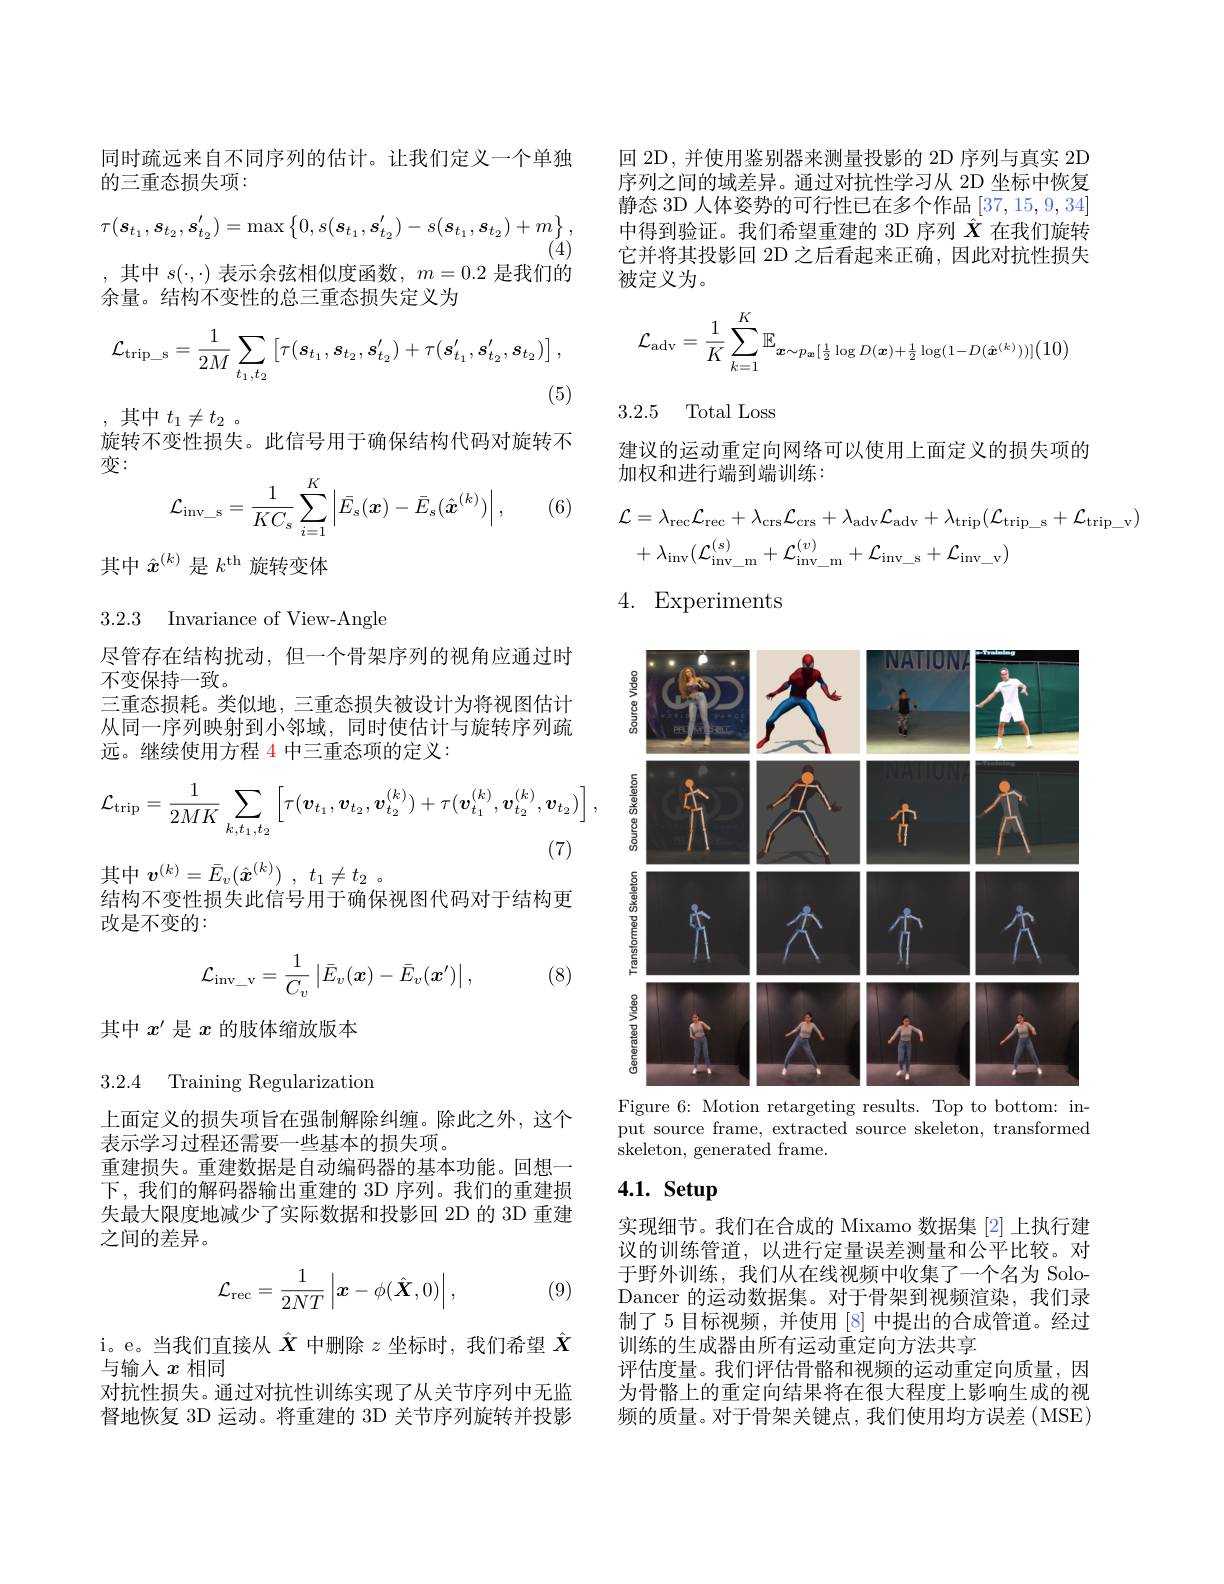
同时疏远来自不同序列的估计。让我们定义一个单独
的三重态损失项：
$$\tau(\boldsymbol{s}_{t_{1}},\boldsymbol{s}_{t_{2}},\boldsymbol{s}_{t_{2}}^{\prime})=\max\left\{0,s(\boldsymbol{s}_{t_{1}},\boldsymbol{s}_{t_{2}}^{\prime})-s(\boldsymbol{s}_{t_{1}},\boldsymbol{s}_{t_{2}})+m\right\},$$
(4)

,其中$s(\cdot,\cdot)$表示余弦相似度函数，$m=0.2$是我们的

余量。结构不变性的总三重态损失定义为
$$\mathcal{L}_{\mathrm{trip_s}}=\frac{1}{2M}\sum_{t_1,t_2}\left[\tau(s_{t_1},s_{t_2},s_{t_2}^{\prime})+\tau(s_{t_1}^{\prime},s_{t_2}^{\prime},s_{t_2})\right],$$
(5)

,其中$t_1\neq t_2$ 。
旋转不变性损失。此信号用于确保结构代码对旋转不
变：
$$\mathcal{L}_{\mathrm{inv_s}}=\frac{1}{KC_{s}}\sum_{i=1}^{K}\left|\bar{E}_{s}(\boldsymbol{x})-\bar{E}_{s}(\hat{\boldsymbol{x}}^{(k)})\right|,$$
(6)

其中$\hat{x}^{(k)}$是$k^\mathrm{th}$旋转变体

3.2.3 Invariance of View-Angle

尽管存在结构扰动，但一个骨架序列的视角应通过时
不变保持一致。
三重态损耗。类似地，三重态损失被设计为将视图估计从同一序列映射到小邻域，同时使估计与旋转序列疏远。继续使用方程 4 中三重态项的定义：
$$\mathcal{L}_{\mathrm{trip}}=\frac{1}{2MK}\sum_{k,t_{1},t_{2}}\left[\tau(\boldsymbol{v}_{t_{1}},\boldsymbol{v}_{t_{2}},\boldsymbol{v}_{t_{2}}^{(k)})+\tau(\boldsymbol{v}_{t_{1}}^{(k)},\boldsymbol{v}_{t_{2}}^{(k)},\boldsymbol{v}_{t_{2}})\right],$$
其中$v^{( k) }= \bar{E} _v( \hat{\boldsymbol{x}} ^{( k) })$ , $t_1\neq t_2$ 。
结构不变性损失此信号用于确保视图代码对于结构更
改是不变的：

(8)
$$\mathcal{L}_{\mathrm{inv}_{-}\mathrm{v}}=\frac{1}{C_{v}}\left|\bar{E}_{v}(\boldsymbol{x})-\bar{E}_{v}(\boldsymbol{x}')\right|,$$
其中$x^{\prime}$是$x$的肢体缩放版本

3.2.4 Training Regularization

上面定义的损失项旨在强制解除纠缠。除此之外，这个
表示学习过程还需要一些基本的损失项。
重建损失。重建数据是自动编码器的基本功能。回想一下，我们的解码器输出重建的 3D 序列。我们的重建损失最大限度地减少了实际数据和投影回 2D 的 3D 重建之间的差异。

(9)
$$\mathcal{L}_{\mathrm{rec}}=\frac{1}{2NT}\left|\boldsymbol{x}-\phi(\hat{\boldsymbol{X}},0)\right|,$$
i。e。当我们直接从$\hat{X}$中删除$z$坐标时，我们希望$\hat{X}$
与输人$x$相同
对抗性损失。通过对抗性训练实现了从关节序列中无监督地恢复 3D 运动。将重建的 3D 关节序列旋转并投影

回 2D, 并使用鉴别器来测量投影的 2D 序列与真实 2D 序列之间的域差异。通过对抗性学习从 2D 坐标中恢复静态 3D 人体姿势的可行性已在多个作品[37,15,9,34] 中得到验证。我们希望重建的 3D 序列$\hat{X}$在我们旋转它并将其投影回 2D 之后看起来正确，因此对抗性损失被定义为。
$$\mathcal{L}_{\mathrm{adv}}=\frac{1}{K}\sum_{k=1}^{K}\mathbb{E}_{\boldsymbol{x}\sim p_{\boldsymbol{x}}[\frac{1}{2}\log D(\boldsymbol{x})+\frac{1}{2}\log(1-D(\hat{\boldsymbol{x}}^{(k)}))]\big(10\big)}$$
3.2.5 Total Loss

建议的运动重定向网络可以使用上面定义的损失项的
加权和进行端到端训练：
$$\begin{aligned}&\mathcal{L}=\lambda_{\mathrm{rec}}\mathcal{L}_{\mathrm{rec}}+\lambda_{\mathrm{crs}}\mathcal{L}_{\mathrm{crs}}+\lambda_{\mathrm{adv}}\mathcal{L}_{\mathrm{adv}}+\lambda_{\mathrm{trip}}(\mathcal{L}_{\mathrm{trip_s}}+\mathcal{L}_{\mathrm{trip_v}})\\&+\lambda_{\mathrm{inv}}(\mathcal{L}_{\mathrm{inv_m}}^{(s)}+\mathcal{L}_{\mathrm{inv_m}}^{(v)}+\mathcal{L}_{\mathrm{inv_s}}+\mathcal{L}_{\mathrm{inv_v}})\end{aligned}$$
4. Experiments

<FigureHere>
Figure 6: Motion retargeting results. Top to bottom: in-

put source frame, extracted source skeleton, transformed
skeleton, generated frame.

# 4.1. Setup

实现细节。我们在合成的 Mixamo 数据集[2] 上执行建议的训练管道，以进行定量误差测量和公平比较。对于野外训练，我们从在线视频中收集了一个名为 SoloDancer 的运动数据集。对于骨架到视频渲染，我们录制了 5 目标视频，并使用 [8] 中提出的合成管道。经过训练的生成器由所有运动重定向方法共享
评估度量。我们评估骨骼和视频的运动重定向质量，因为骨骼上的重定向结果将在很大程度上影响生成的视频的质量。对于骨架关键点，我们使用均方误差(MSE)